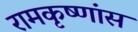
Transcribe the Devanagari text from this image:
रामकृष्णांस